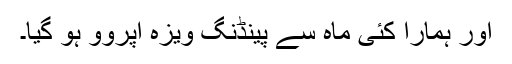
اور ہمارا کئی ماہ سے پینڈنگ ویزہ اپروو ہو گیا۔